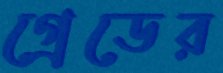
গ্রেডের